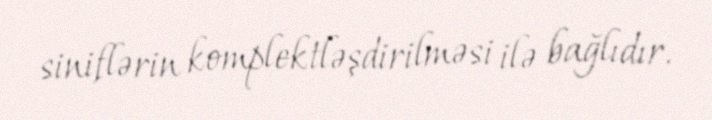
siniflərin komplektləşdirilməsi ilə bağlıdır.